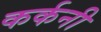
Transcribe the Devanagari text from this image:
कर्कनी